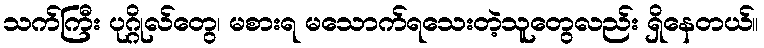
သက်ကြီး ပုဂ္ဂိုလ်တွေ၊ မစားရ မသောက်ရသေးတဲ့သူတွေလည်း ရှိနေတယ်။